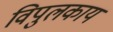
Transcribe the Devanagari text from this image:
विपुलकाय